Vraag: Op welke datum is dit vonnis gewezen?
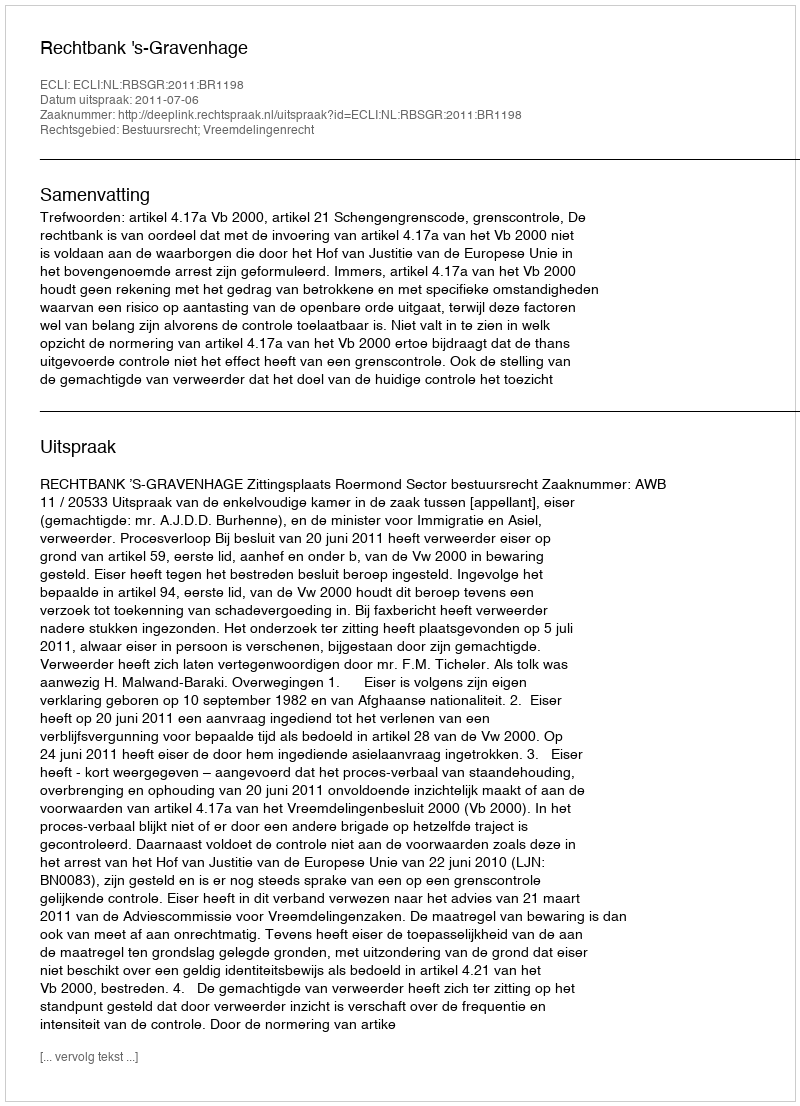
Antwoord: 2011-07-06